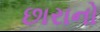
છારાનો